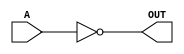
/* David Martinez Garcia
* B34019
* Escuela de Ingenieria Electrica
* Universidad de Costa Rica
* Circuitos Digitales II
*/
`timescale 1ns/100ps
module AC11004(A,OUT);
	input A;
	output reg OUT;
	always @(A) begin
		OUT = ~A;
	end
	specify 
		specparam tPLH = 6.1;
		specparam tPHL = 5.2;
		(A=> OUT) = (tPLH,tPHL);
	endspecify
endmodule